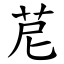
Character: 苨